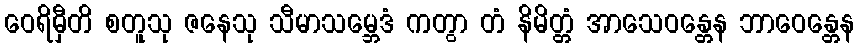
ဝေရိမှီတိ စတူသု ဇနေသု သီမာသမ္ဘေဒံ ကတွာ တံ နိမိတ္တံ အာသေဝန္တေန ဘာဝေန္တေန